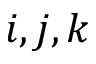
i , j , k